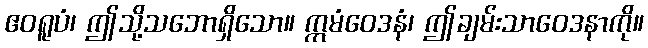
ဧဝရူပံ၊ ဤသို့သဘောရှိသော။ ဣမံဝေဒနံ၊ ဤချမ်းသာဝေဒနာကို။